Civil Veterinary Department. Madras. Admin. report 1926-33 - 1926-1933
Year: 1926
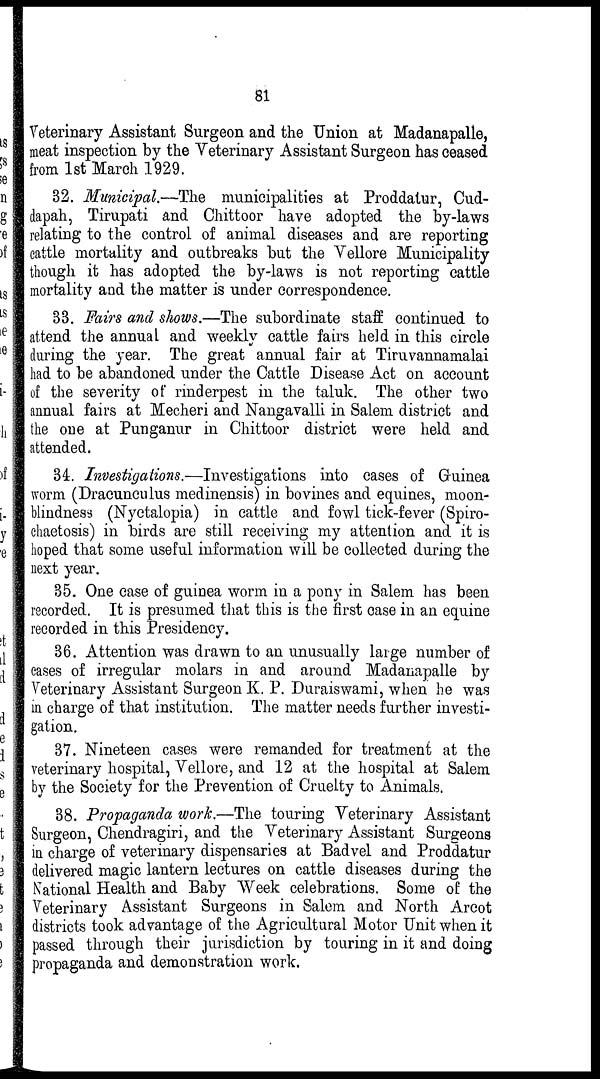
81
Veterinary Assistant Surgeon and the Union at Madanapalle,
meat inspection by the Veterinary Assistant Surgeon has ceased
from 1st March 1929.
32. Municipal.—The municipalities at Proddalur, Cud-
dapah, Tirupati and Chittoor have adopted the by-laws
relating to the control of animal diseases and are reporting
cattle mortality and outbreaks but the Vellore Municipality
though it has adopted the by-laws is not reporting cattle
mortality and the matter is under correspondence.
33. Fairs and shows.—The subordinate staff continued to
attend the annual and weekly cattle fairs held in this circle
during the year. The great annual fair at Tiruvannamalai
had to be abandoned under the Cattle Disease Act on account
of the severity of rinderpest in the taluk. The other two
annual fairs at Mecheri and Nangavalli in Salem district and
the one at Punganur in Chittoor district were held and
attended.
34. Investigations.—Investigations into eases of Guinea
worm (Dracunculus medinensis) in bovines and equines, moon-
blindness (Nyctalopia) in cattle and fowl tick-fever (Spiro-
chaetosis) in birds are still receiving my attention and it is
hoped that some useful information will be collected during the
next year.
35. One ease of guinea worm in a pony in Salem has been
recorded. It is presumed that this is the first case in an equine
recorded in this Presidency.
36. Attention was drawn to an unusually large number of
cases of irregular molars in and around Madanapalle by
Veterinary Assistant Surgeon K. P. Duraiswami, when he was
in charge of that institution. The matter needs further investi-
gation.
37. Nineteen cases were remanded for treatment at the
veterinary hospital, Vellore, and 12 at the hospital at Salem
by the Society for the Prevention of Cruelty to Animals.
38. Propaganda work.—The touring Veterinary Assistant
Surgeon, Chendragiri, and the Veterinary Assistant Surgeons
in charge of veterinary dispensaries at Badvel and Proddatur
delivered magic lantern lectures on cattle diseases during the
National Health and Baby Week celebrations. Some of the
Veterinary Assistant Surgeons in Salem and North Arcot
districts took advantage of the Agricultural Motor Unit when it
passed through their jurisdiction by touring in it and doing
propaganda and demonstration work.